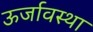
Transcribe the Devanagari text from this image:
ऊर्जावस्था